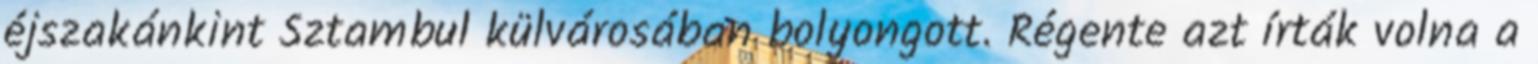
éjszakánkint Sztambul külvárosában bolyongott. Régente azt írták volna a